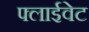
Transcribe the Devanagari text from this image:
फ्लाईवेट